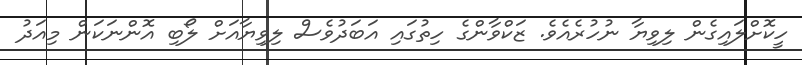
ހީކޮށްލައިގެން ލިވިޔާ ނުހުރެއެވެ. ޒަކްވާންގެ ހިތުގައި އަބަދުވެސް ލިވިޔާއަށް ލޯބި އޮންނަކަން މިއަދު